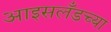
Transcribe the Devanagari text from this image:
आइसलँडच्या